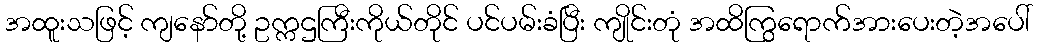
အထူးသဖြင့် ကျနော်တို့ ဥက္ကဌကြီးကိုယ်တိုင် ပင်ပမ်းခံပြီး ကျိုင်းတုံ အထိကြွရောက်အားပေးတဲ့အပေါ်